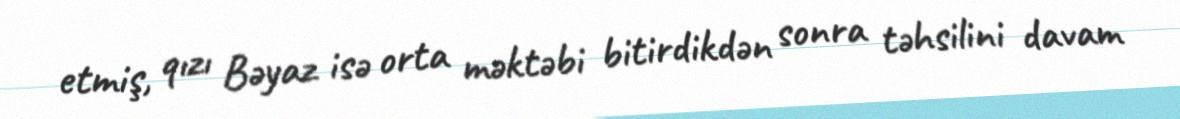
etmiş, qızı Bəyaz isə orta məktəbi bitirdikdən sonra təhsilini davam